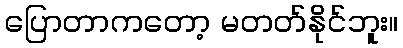
ပြောတာကတော့ မတတ်နိုင်ဘူး။